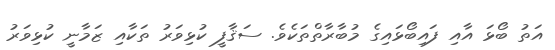
އަތު ބޯޅަ އާއި ފައިބޯޅައިގެ މުބާރާތްތަކެވެ. ސަޤާފީ ކުޅިވަރު ތަކާއި ޒަމާނީ ކުޅިވަރު